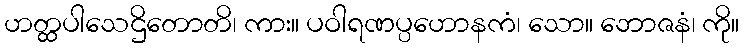
ဟတ္ထပါသေဌိတောတိ၊ ကား။ ပဝါရဏပ္ပဟောနကံ၊ သော။ ဘောဇနံ၊ ကို။